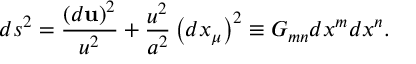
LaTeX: d s ^ { 2 } = \frac { \left( d { \bf u } \right) ^ { 2 } } { u ^ { 2 } } + \frac { u ^ { 2 } } { a ^ { 2 } } \left( d x _ { \mu } \right) ^ { 2 } \equiv G _ { m n } d x ^ { m } d x ^ { n } .